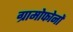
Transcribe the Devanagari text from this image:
ग्रामोफोनों